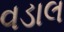
વડાલ